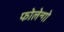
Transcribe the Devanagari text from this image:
फोलेन्गो